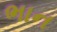
ભાન